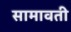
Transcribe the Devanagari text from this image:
सामावती